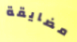
مضايقة